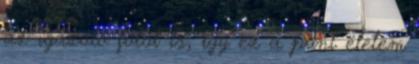
az igazoló fotót is, így ez a pont életem